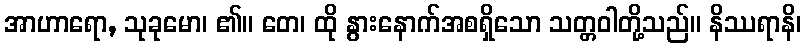
အာဟာရော, သုခုမော၊ ၏။ တေ၊ ထို နွားနောက်အစရှိသော သတ္တဝါတို့သည်။ နိဿရာနိ၊